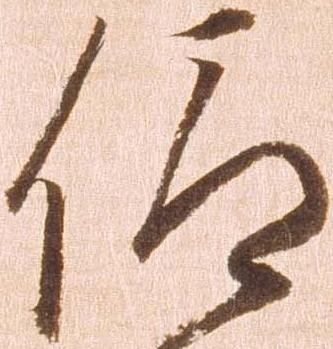
仰